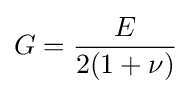
G={\frac {E}{2(1+\nu )}}